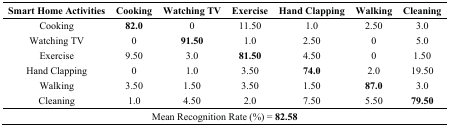
<table><thead><tr><td><b>Smart Home Activities</b></td><td><b>Cooking</b></td><td><b>Watching TV</b></td><td><b>Exercise</b></td><td><b>Hand Clapping</b></td><td><b>Walking</b></td><td><b>Cleaning</b></td></tr></thead><tbody><tr><td>Cooking</td><td><b>82.0</b></td><td>0</td><td>11.50</td><td>1.0</td><td>2.50</td><td>3.0</td></tr><tr><td>Watching TV</td><td>0</td><td><b>91.50</b></td><td>1.0</td><td>2.50</td><td>0</td><td>5.0</td></tr><tr><td>Exercise</td><td>9.50</td><td>3.0</td><td><b>81.50</b></td><td>4.50</td><td>0</td><td>1.50</td></tr><tr><td>Hand Clapping</td><td>0</td><td>1.0</td><td>3.50</td><td><b>74.0</b></td><td>2.0</td><td>19.50</td></tr><tr><td>Walking</td><td>3.50</td><td>1.50</td><td>3.50</td><td>1.50</td><td><b>87.0</b></td><td>3.0</td></tr><tr><td>Cleaning</td><td>1.0</td><td>4.50</td><td>2.0</td><td>7.50</td><td>5.50</td><td><b>79.50</b></td></tr><tr><td colspan="7">Mean Recognition Rate (%) = <b>82.58</b></td></tr></tbody></table>